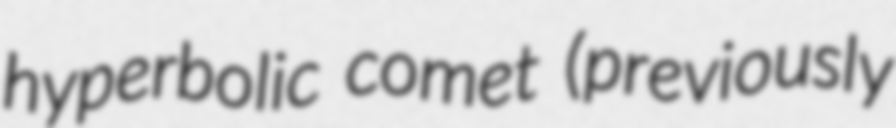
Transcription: hyperbolic comet (previously